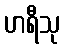
ဟရီသု